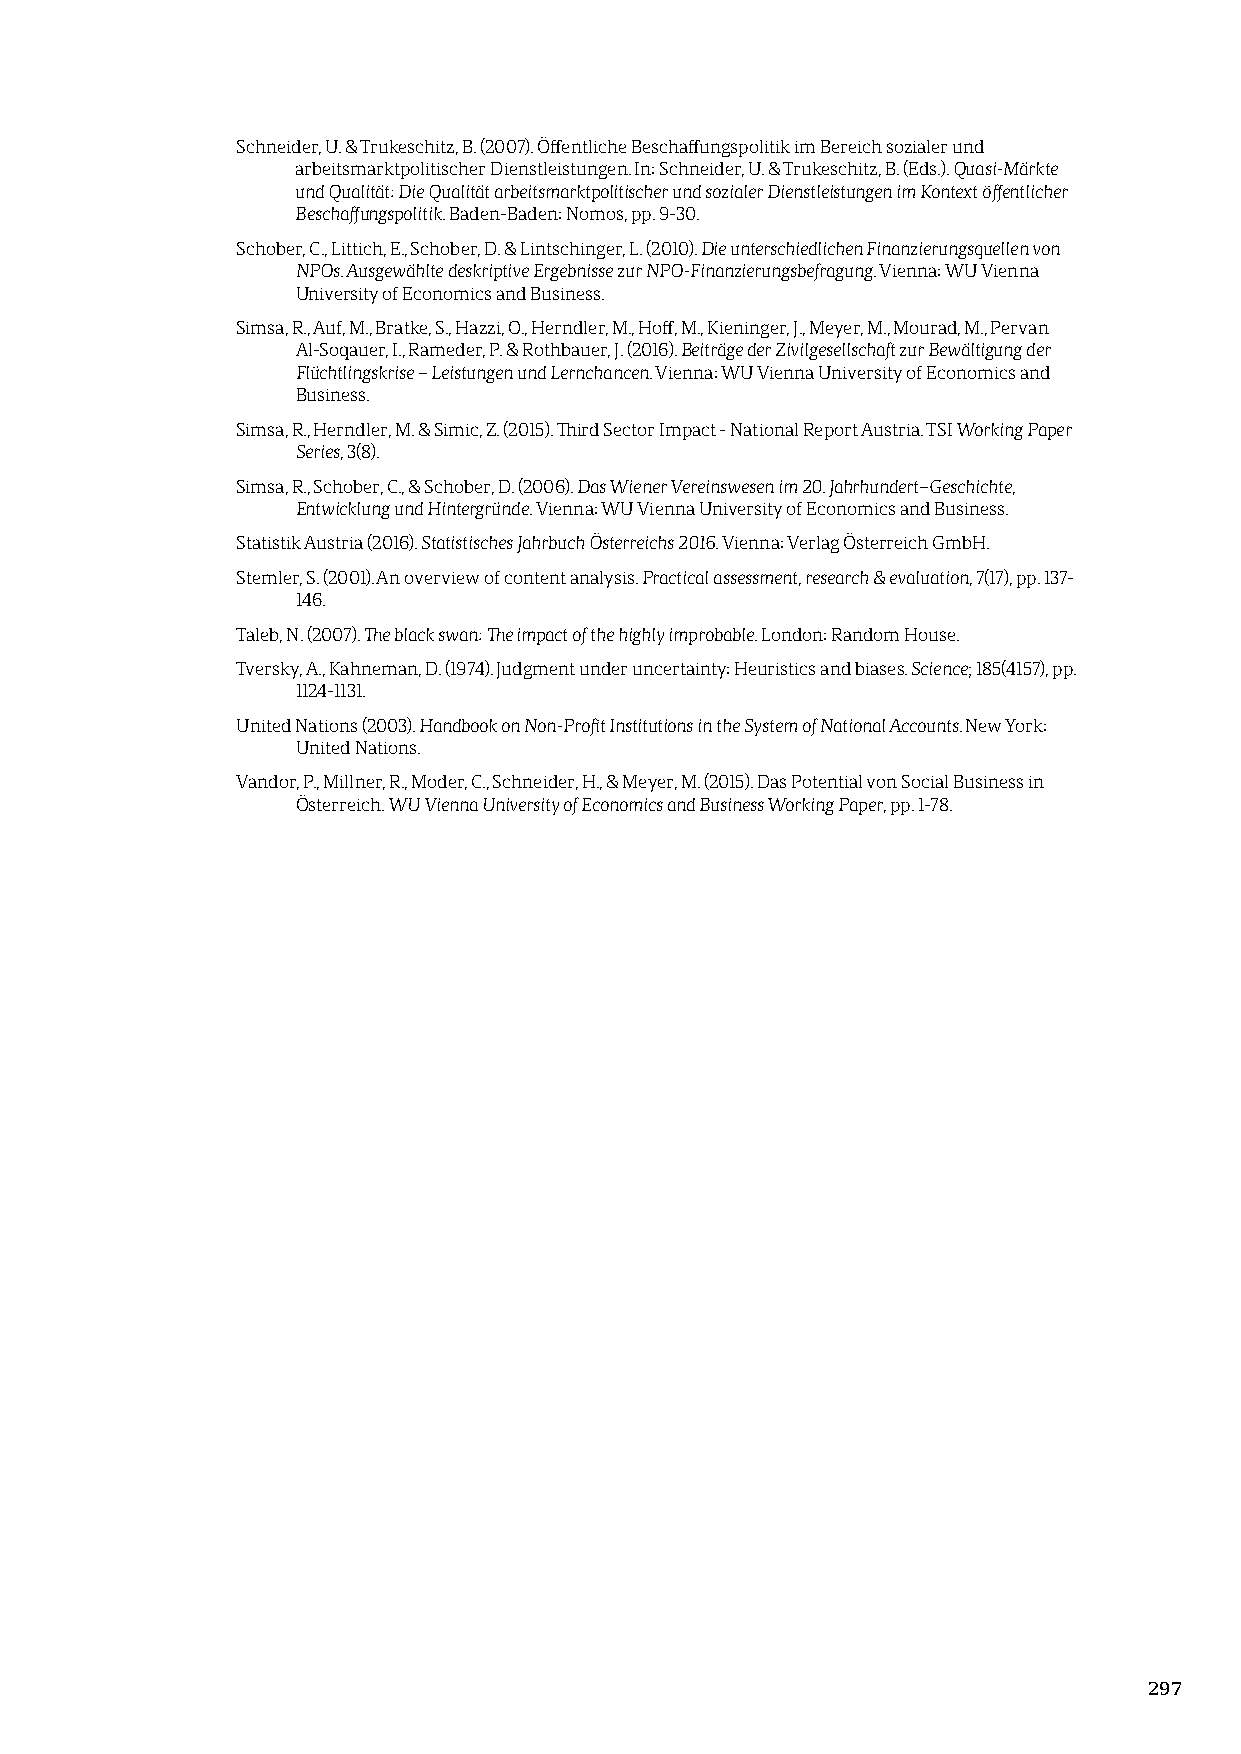
Schneider, U. & Trukeschitz, B. (2007). Öffentliche Beschaffungspolitik im Bereich sozialer und
 arbeitsmarktpolitischer Dienstleistungen. In: Schneider, U. & Trukeschitz, B. (Eds.). Quasi-Märkte
 und Qualität: Die Qualität arbeitsmarktpolitischer und sozialer Dienstleistungen im Kontext öffentlicher
 Beschaffungspolitik. Baden-Baden: Nomos, pp. 9-30.
 Schober, C., Littich, E., Schober, D. & Lintschinger, L. (2010). Die unterschiedlichen Finanzierungsquellen von
 NPOs. Ausgewählte deskriptive Ergebnisse zur NPO-Finanzierungsbefragung. Vienna: WU Vienna
 University of Economics and Business.
 Simsa, R., Auf, M., Bratke, S., Hazzi, O., Herndler, M., Hoff, M., Kieninger, J., Meyer, M., Mourad, M., Pervan
 Al-Soqauer, I., Rameder, P. & Rothbauer, J. (2016). Beiträge der Zivilgesellschaft zur Bewältigung der
 Flüchtlingskrise – Leistungen und Lernchancen. Vienna: WU Vienna University of Economics and
 Business.
 Simsa, R., Herndler, M. & Simic, Z. (2015). Third Sector Impact - National Report Austria. TSI Working Paper
 Series, 3(8).
 Simsa, R., Schober, C., & Schober, D. (2006). Das Wiener Vereinswesen im 20. Jahrhundert–Geschichte,
 Entwicklung und Hintergründe. Vienna: WU Vienna University of Economics and Business.
 Statistik Austria (2016). Statistisches Jahrbuch Österreichs 2016. Vienna: Verlag Österreich GmbH.
 Stemler, S. (2001). An overview of content analysis. Practical assessment, research & evaluation, 7(17), pp. 137-
 146.
 Taleb, N. (2007). The black swan: The impact of the highly improbable. London: Random House.
 Tversky, A., Kahneman, D. (1974). Judgment under uncertainty: Heuristics and biases. Science; 185(4157), pp.
 1124-1131.
 United Nations (2003). Handbook on Non-Profit Institutions in the System of National Accounts. New York:
 United Nations.
 Vandor, P., Millner, R., Moder, C., Schneider, H., & Meyer, M. (2015). Das Potential von Social Business in
 Österreich. WU Vienna University of Economics and Business Working Paper, pp. 1-78.
 297